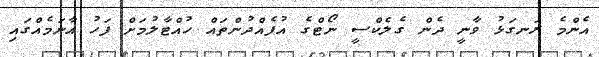
އެންމެ ރަނގަޅު ވާނީ ދެން ގެލެކްސީ ނޯޓްގެ އުފެއްދުންތައް ހުއްޓާލުމަށް ފަހު އާނަމެއްގައި